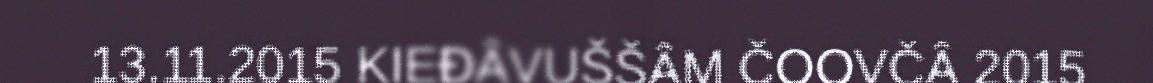
13.11.2015 KIEĐÂVUŠŠÂM ČOOVČÂ 2015